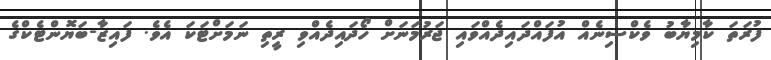
ފުރަތަ ކާމިޔާބު ވެކްސިނެއް އުފައްދައިދެއްވައި ޖަރުމަަނަށް ހޯދައިދެއްވި ރީތި ނަމަށްޓަކަ އެވެ. ފައިޒާ-ބަޔޮންޓެކްގެ